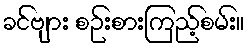
ခင်ဗျား စဉ်းစားကြည့်စမ်း။